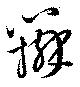
弁